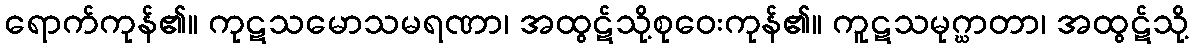
ရောက်ကုန်၏။ ကုဋသမောသမရဏာ၊ အထွဋ်သို့စုဝေးကုန်၏။ ကူဋသမုဂ္ဃာတာ၊ အထွဋ်သို့